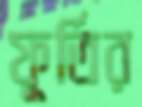
ফূর্তির